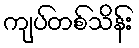
ကျပ်တစ်သိန်း